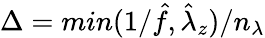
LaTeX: \Delta=min(1/\hat{f},\hat{\lambda}_{z})/n_{\lambda}